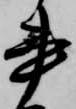
書